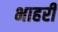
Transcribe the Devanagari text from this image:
भाहरी